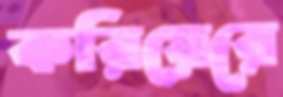
করিয়েরে